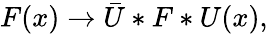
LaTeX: F(x)\to\bar{U}*F*U(x),